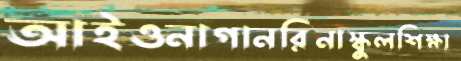
আইওনাগানরিনাস্কুলশিক্ষা